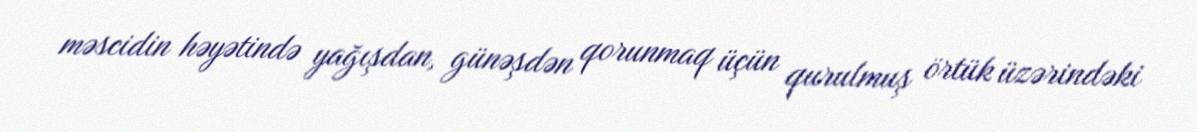
məscidin həyətində yağışdan, günəşdən qorunmaq üçün qurulmuş örtük üzərindəki